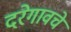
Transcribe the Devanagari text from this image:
दरेगावचे